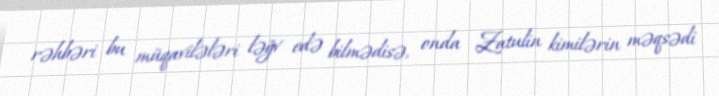
rəhbəri bu müqavilələri ləğv edə bilmədisə, onda Zatulin kimilərin məqsədi